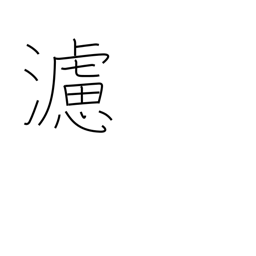
Meaning: filter